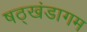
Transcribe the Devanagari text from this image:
षठ्खंडागम